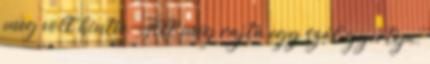
meg volt hintve. Állt még rajta egy szál gyertya,